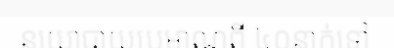
នយោបាយប្រមាណពី ៤០នាក់ទៅ